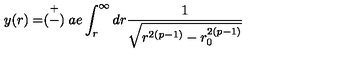
y ( r ) = \stackrel { + } { ( - ) } a e \int _ { r } ^ { \infty } d r \frac { 1 } { \sqrt { r ^ { 2 ( p - 1 ) } - r _ { 0 } ^ { 2 ( p - 1 ) } } }